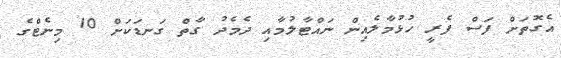
އެގޮތަށް ފަސް ފެރީ ހުޅުމާލެއިން ނައްޓާލުމާއި ދެމެދު ގާތް ގަނޑަކަށް 10 މިނެޓްގެ